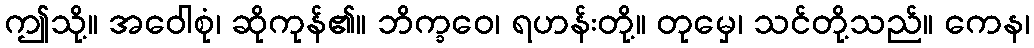
ဤသို့။ အဝေါစုံ၊ ဆိုကုန်၏။ ဘိက္ခဝေ၊ ရဟန်းတို့။ တုမှေ၊ သင်တို့သည်။ ကေန၊